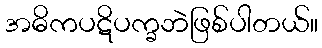
အဓိကပဋိပက္ခဘဲဖြစ်ပါတယ်။